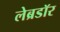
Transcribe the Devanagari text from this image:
लेब्रडॉर